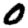
Digit: 0